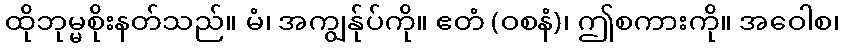
ထိုဘုမ္မစိုးနတ်သည်။ မံ၊ အကျွန်ုပ်ကို။ ဧတံ (ဝစနံ)၊ ဤစကားကို။ အဝေါစ၊